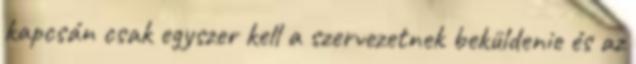
kapcsán csak egyszer kell a szervezetnek beküldenie és az